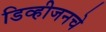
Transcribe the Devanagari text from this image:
डिव्हीजनचे